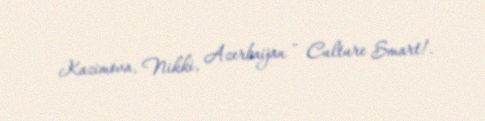
Kazimova, Nikki, Azerbaijan - Culture Smart!.